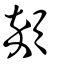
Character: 顇